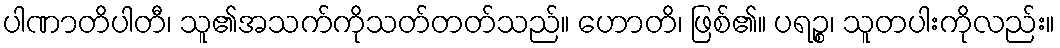
ပါဏာတိပါတီ၊ သူ၏အသက်ကိုသတ်တတ်သည်။ ဟောတိ၊ ဖြစ်၏။ ပရဉ္စ၊ သူတပါးကိုလည်း။